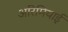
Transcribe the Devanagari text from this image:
अरिमियाई